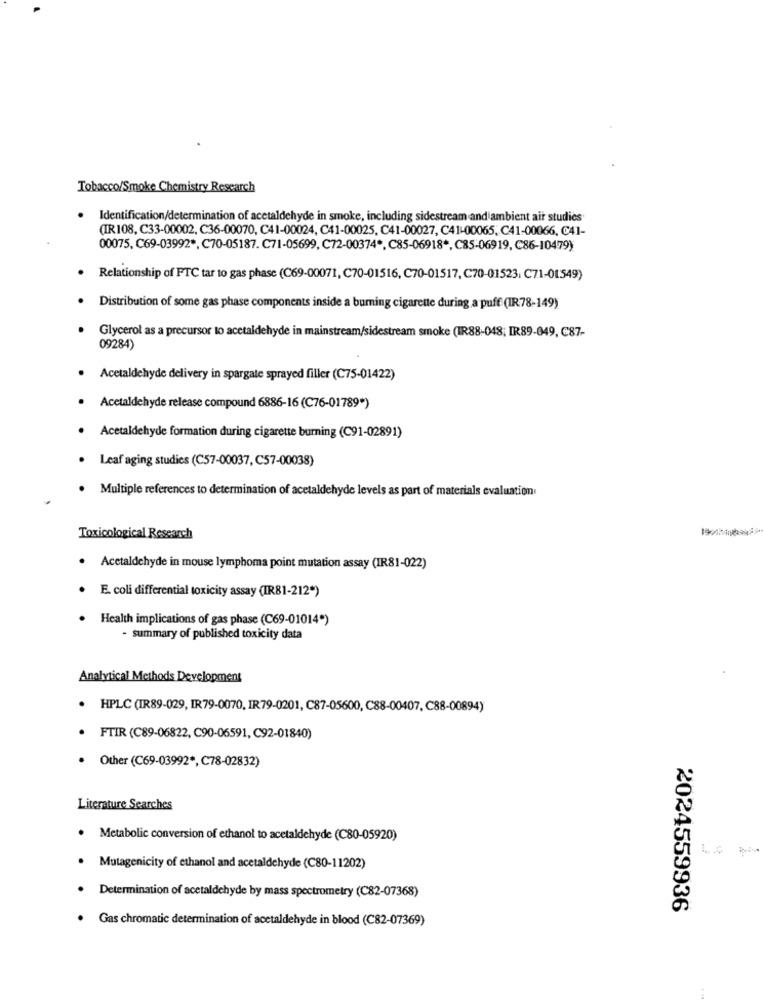
Tobacco/Smoke Chemistry Research
Identification/determination of acetaldehyde in smoke, including sidestream and ambient air studies
(IR108, C33-00002, C36-00070, C41-00024, C41-00025, C41-00027, C41-00065, C41-00066, C41-
00075, C69-03992 *, C70-05187. C71-05699, C72-00374 *, C85-06918 *, C85-06919, C86-10479)
Relationship of FTC tar to gas phase (C69-00071, C70-01516, C70-01517, C70-01523. C71-01549)
Distribution of some gas phase components inside a burning cigarette during a puff (IR78-149)
Glycerol as a precursor to acetaldehyde in mainstream/sidestream smoke (IR88-048; IR89-049, C87-
09284)
Acetaldehyde delivery in spargate sprayed filler (C75-01422)
Acetaldehyde release compound 6886-16 (C76-01789")
Acetaldehyde formation during cigarette burning (C91-02891)
Leaf aging studies (C57-00037, C57-00038)
Multiple references to determination of acetaldehyde levels as part of materials evaluation
Toxicological Research
.
Acetaldehyde in mouse lymphoma point mutation assay (IR81-022)
E. coli differential toxicity assay (IR81-212*)
Health implications of gas phase (C69-01014")
- summary of published toxicity data
Analytical Methods Development
HPLC (IR89-029, IR79-0070, IR79-0201, C87-05600, C88-00407, C88-00894)
FTIR (C89-06822, C90-06591, C92-01840)
· Other (C69-03992 *, C78-02832)
Literature Searches
Metabolic conversion of ethanol to acetaldehyde (C80-05920)
Mutagenicity of ethanol and acetaldehyde (C80-11202)
Determination of acetaldehyde by mass spectrometry (C82-07368)
2024559936
Gas chromatic determination of acetaldehyde in blood (C82-07369)